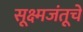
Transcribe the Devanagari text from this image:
सूक्ष्मजंतूचे